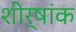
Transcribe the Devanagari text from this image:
शीर्षांक